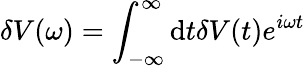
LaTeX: \delta V(\omega)=\int_{-\infty}^{\infty}\mathrm{d}t\delta V(t)e^{i\omega t}